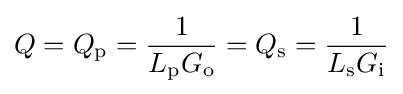
Q=Q_{\mathrm {p} }={1 \over L_{\mathrm {p} }G_{\mathrm {o} }}=Q_{\mathrm {s} }={1 \over L_{\mathrm {s} }G_{\mathrm {i} }}